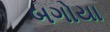
બગોયા